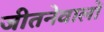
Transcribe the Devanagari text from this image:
जीतनेवालों